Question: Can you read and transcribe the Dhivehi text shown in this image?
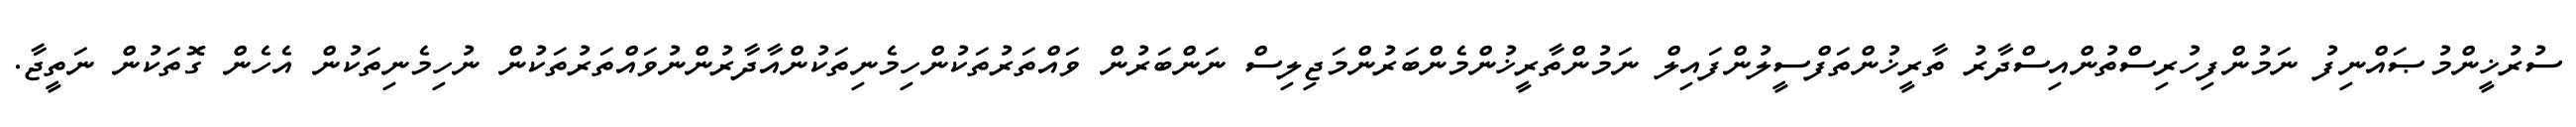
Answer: ސުރުޚީންމުޞައްނިފު ނަމުންފިހުރިސްތުންއިސްދާރު ތާރީޚުންތަފްސީލުންފައިލް ނަމުންތާރީޚުންމެންބަރުންމަޖިލިސް ނަންބަރުން ވައްތަރުތަކުންހިމެނިތަކުންއާދާރުންނުވައްތަރުތަކުން ނުހިމެނިތަކުން އެހެން ގޮތަކުން ނަތީޖާ.